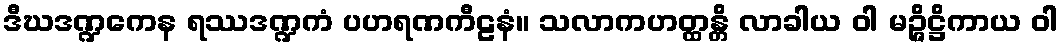
ဒီဃဒဏ္ဍကေန ရဿဒဏ္ဍကံ ပဟရဏကီဠနံ။ သလာကဟတ္ထန္တိ လာခါယ ဝါ မဉ္ဇိဋ္ဌိကာယ ဝါ